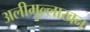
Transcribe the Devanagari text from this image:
अलीमुल्लाखन